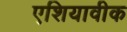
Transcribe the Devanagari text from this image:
एशियावीक